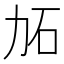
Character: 𱐫